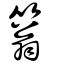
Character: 䈵